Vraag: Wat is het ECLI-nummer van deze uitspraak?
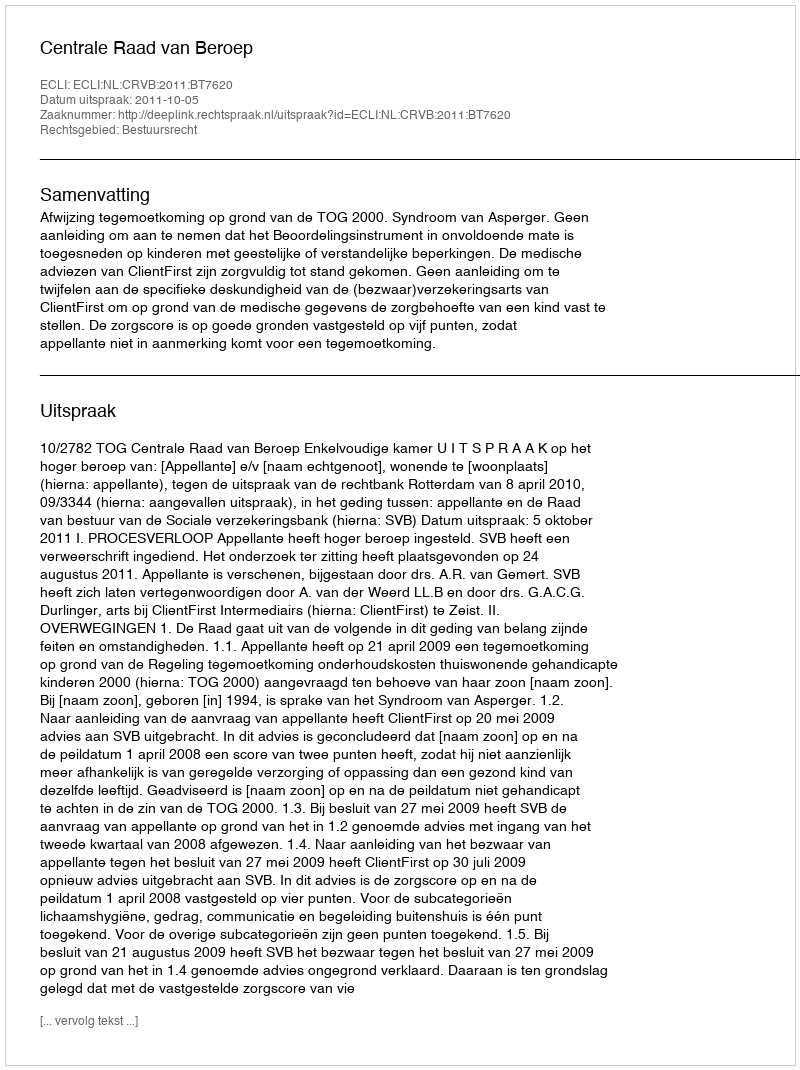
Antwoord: ECLI:NL:CRVB:2011:BT7620